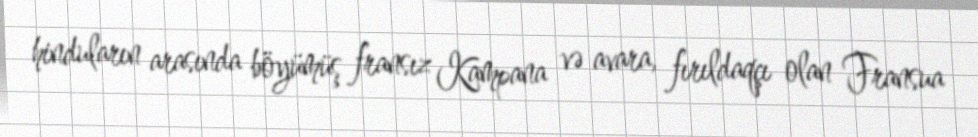
hinduların arasında böyümüş fransız Kampana və avara, fırıldaqçı olan Fransua